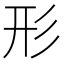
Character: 形